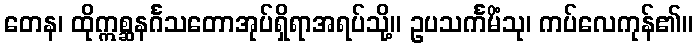
တေန၊ ထိုဣစ္ဆနင်္ဂသတောအုပ်ရှိရာအရပ်သို့။ ဥပသင်္ကမိံသု၊ ကပ်လေကုန်၏။